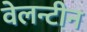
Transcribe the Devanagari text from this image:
वेलन्टीन